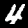
Label: 4